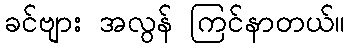
ခင်ဗျား အလွန် ကြင်နာတယ်။